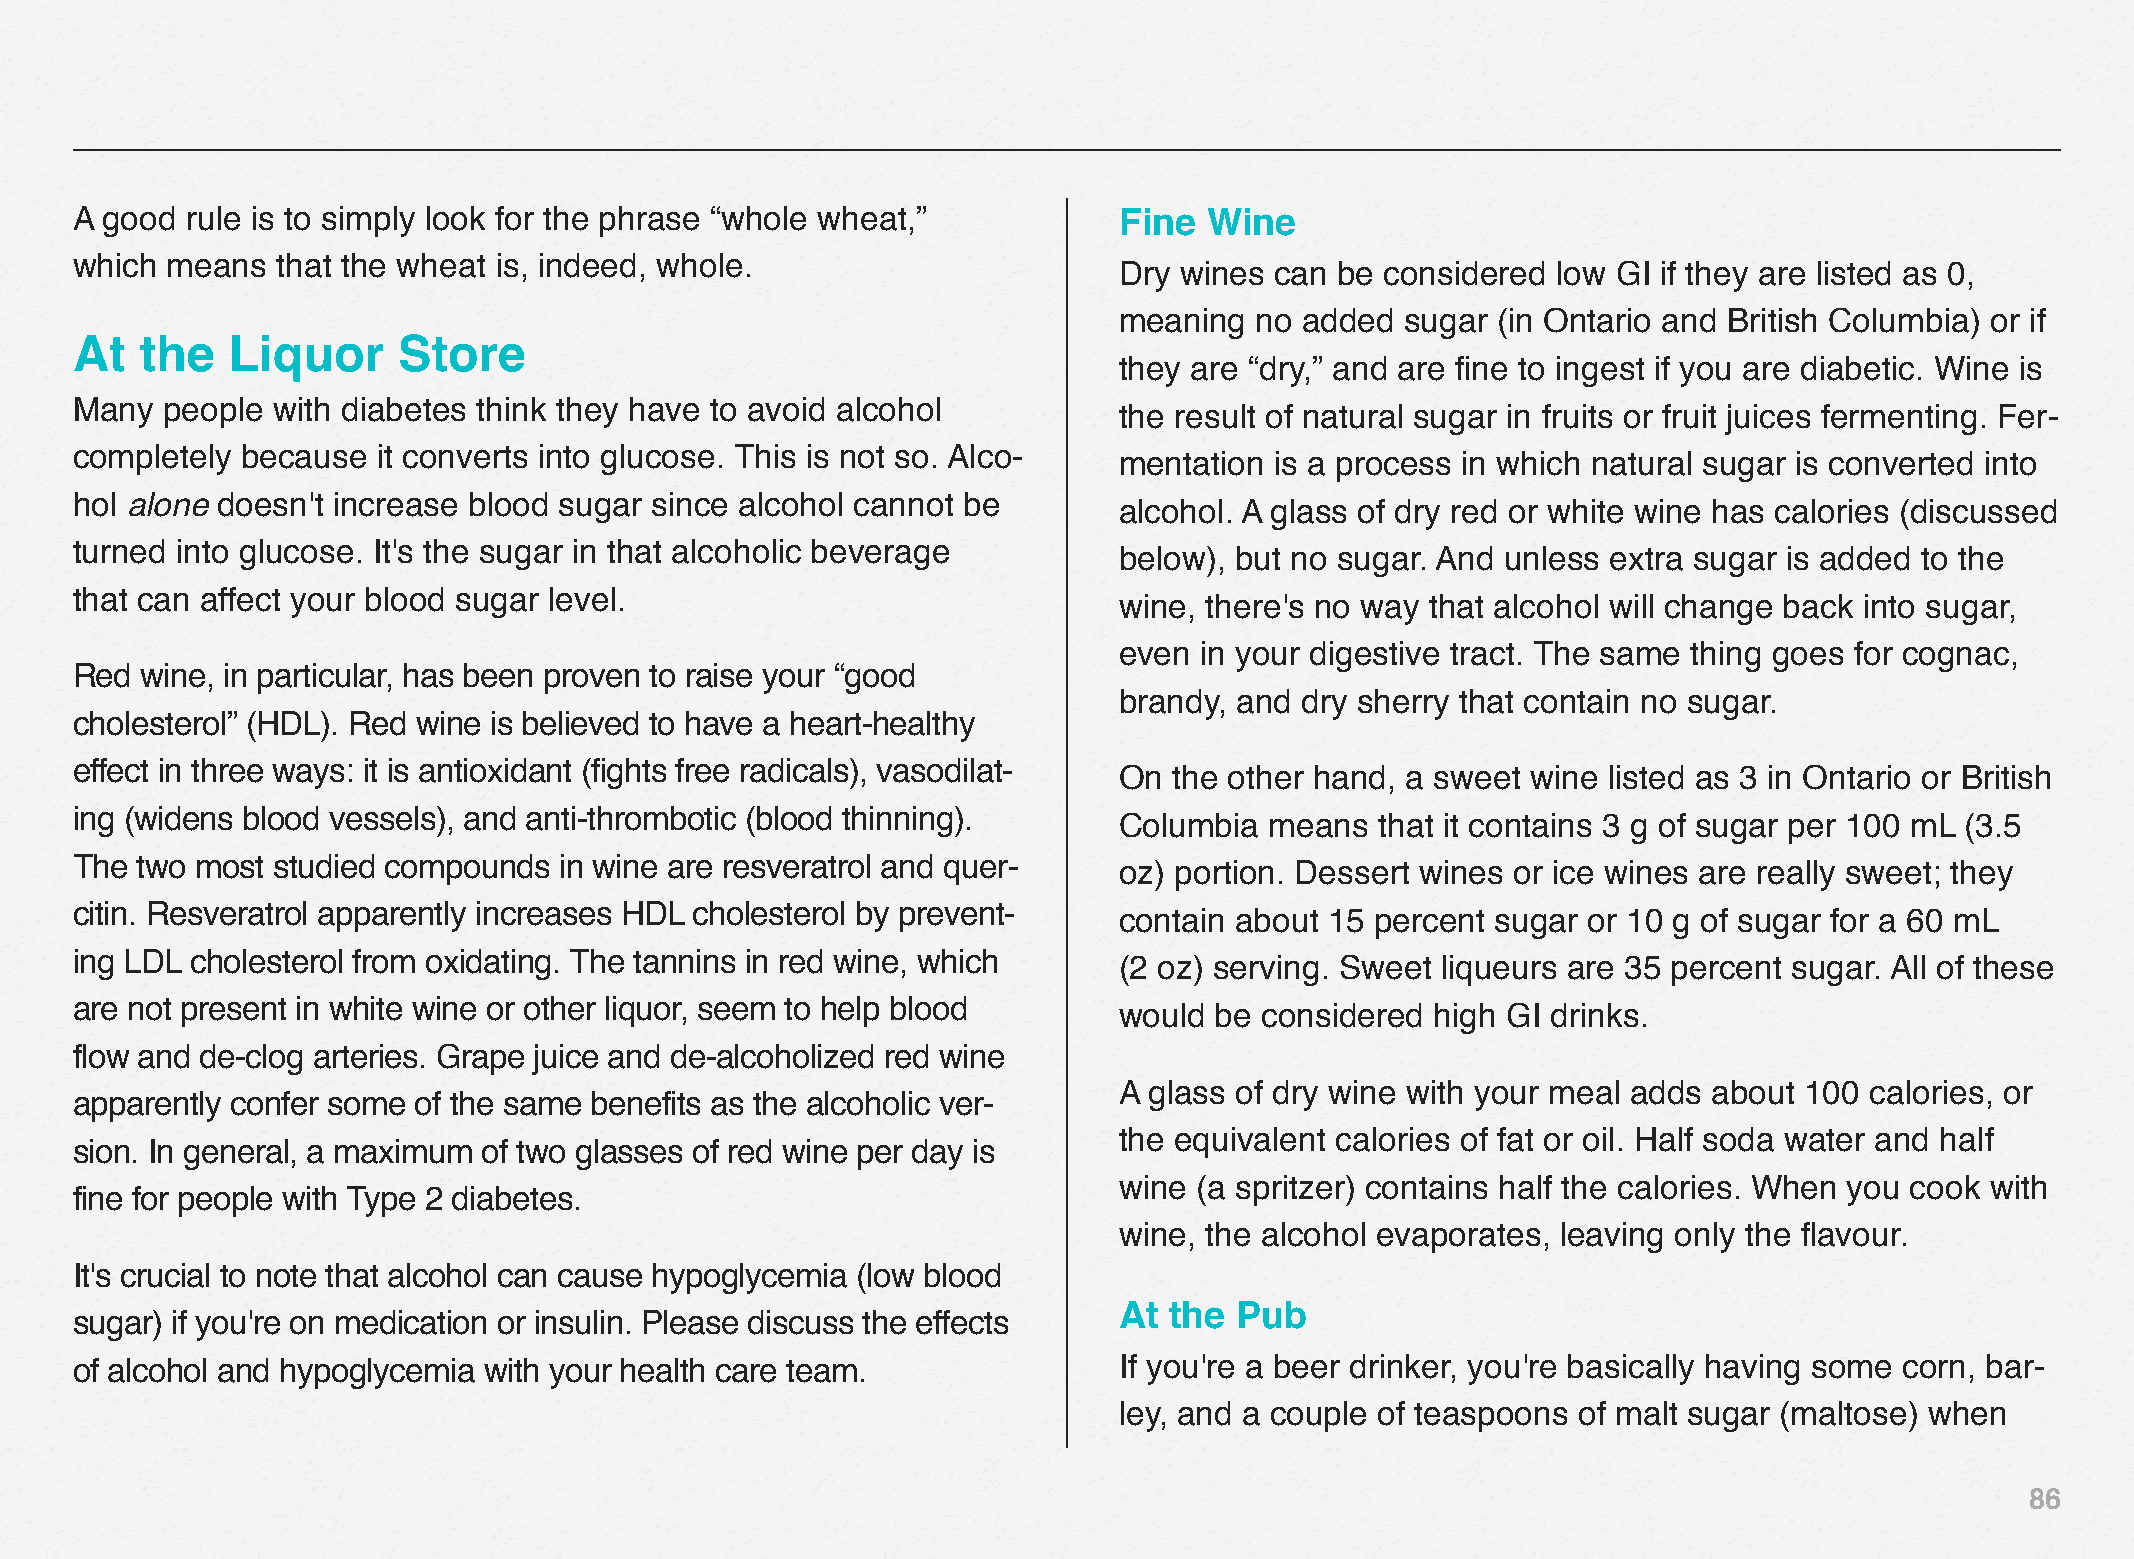
A good rule is to simply look for the phrase “whole wheat,”          Fine  Wine
 which means  that the wheat is, indeed, whole.
 Dry wines can  be considered low GI if they are listed as 0,
 meaning  no added  sugar (in Ontario and British Columbia) or if
 At  the   Liquor     Store
 they are “dry,” and are fine to ingest if you are diabetic. Wine is
 Many  people with diabetes think they have to avoid alcohol
 the result of natural sugar in fruits or fruit juices fermenting. Fer-
 completely because  it converts into glucose. This is not so. Alco-
 mentation is a process in which natural sugar is converted into
 hol alone doesn't increase blood sugar since alcohol cannot be
 alcohol. A glass of dry red or white wine has calories (discussed
 turned into glucose. It's the sugar in that alcoholic beverage
 below), but no sugar. And unless extra sugar is added to the
 that can affect your blood sugar level.
 wine, there's no way that alcohol will change back into sugar,
 even in your digestive tract. The same thing goes for cognac,
 Red wine, in particular, has been proven to raise your “good
 brandy, and dry sherry that contain no sugar.
 cholesterol” (HDL). Red wine is believed to have a heart-healthy
 effect in three ways: it is antioxidant (fights free radicals), vasodilat-
 On  the other hand, a sweet wine listed as 3 in Ontario or British
 ing (widens blood vessels), and anti-thrombotic (blood thinning).
 Columbia  means  that it contains 3 g of sugar per 100 mL (3.5
 The two most studied compounds  in wine are resveratrol and quer-
 oz) portion. Dessert wines or ice wines are really sweet; they
 citin. Resveratrol apparently increases HDL cholesterol by prevent-
 contain about 15 percent sugar or 10 g of sugar for a 60 mL
 ing LDL cholesterol from oxidating. The tannins in red wine, which
 (2 oz) serving. Sweet liqueurs are 35 percent sugar. All of these
 are not present in white wine or other liquor, seem to help blood
 would be  considered high GI drinks.
 flow and de-clog arteries. Grape juice and de-alcoholized red wine
 A glass of dry wine with your meal adds about 100 calories, or
 apparently confer some of the same benefits as the alcoholic ver-
 the equivalent calories of fat or oil. Half soda water and half
 sion. In general, a maximum of two glasses of red wine per day is
 wine (a spritzer) contains half the calories. When you cook with
 fine for people with Type 2 diabetes.
 wine, the alcohol evaporates, leaving only the flavour.
 It's crucial to note that alcohol can cause hypoglycemia (low blood
 At the  Pub
 sugar) if you're on medication or insulin. Please discuss the effects
 of alcohol and hypoglycemia with your health care team.              If you're a beer drinker, you're basically having some corn, bar-
 ley, and a couple of teaspoons of malt sugar (maltose) when
 86